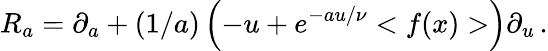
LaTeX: R_{a}=\partial_{a}+(1/a)\left(-u+e^{-au/\nu}<f(x)>\right)\partial_{u}\, .